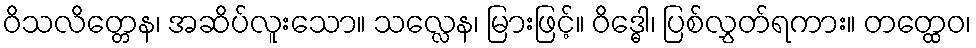
ဝိသလိတ္တေန၊ အဆိပ်လူးသော။ သလ္လေန၊ မြားဖြင့်။ ဝိဒ္ဓေါ၊ ပြစ်လွှတ်ရကား။ တတ္ထေဝ၊